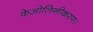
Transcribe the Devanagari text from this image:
केओलिनीकरण।